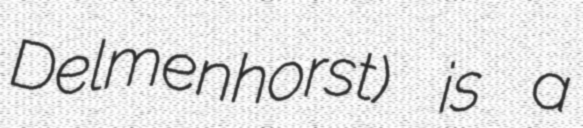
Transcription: Delmenhorst) is a